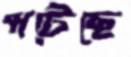
পটেছে